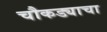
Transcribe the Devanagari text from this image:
चौकड्याचा